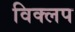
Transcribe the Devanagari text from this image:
विक्लप